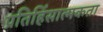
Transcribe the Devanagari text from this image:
प्रतिहिंसात्मकता